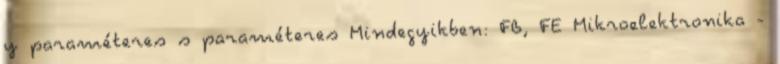
y paraméteres s paraméteres Mindegyikben: FB, FE Mikroelektronika -